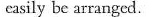
easily be arranged.